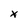
Character: x